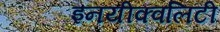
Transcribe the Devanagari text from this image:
इनयीक्वलिटी